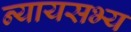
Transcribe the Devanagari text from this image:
न्यायसभ्य